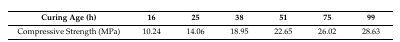
<table><thead><tr><td><b>Curing Age (h)</b></td><td><b>16</b></td><td><b>25</b></td><td><b>38</b></td><td><b>51</b></td><td><b>75</b></td><td><b>99</b></td></tr></thead><tbody><tr><td>Compressive Strength (MPa)</td><td>10.24</td><td>14.06</td><td>18.95</td><td>22.65</td><td>26.02</td><td>28.63</td></tr></tbody></table>